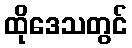
ထိုဒေသတွင်